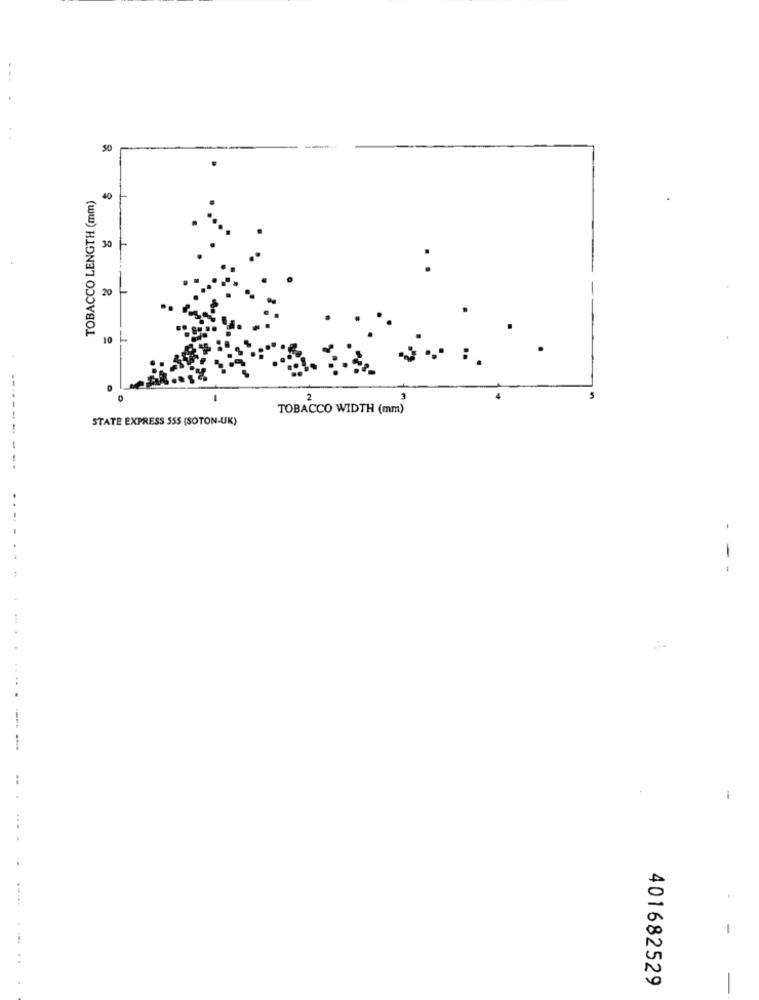
S
TOBACCO LENGTH (mm)
40
20
10
TOBACCO WIDTH (mm)
STATE EXPRESS SSS (SOTON-UK)
- - -
.....
-
...
401682529